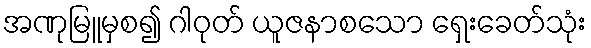
အဏုမြူမှစ၍ ဂါဝုတ် ယူဇနာစသော ရှေးခေတ်သုံး